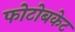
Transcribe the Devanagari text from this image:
फोटोबकेट